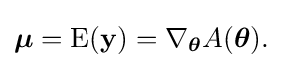
{\boldsymbol {\mu }}=\operatorname {E} (\mathbf {y} )=\nabla _{\boldsymbol {\theta }}A({\boldsymbol {\theta }}).\,\!